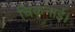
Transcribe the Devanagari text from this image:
चिकनाई।